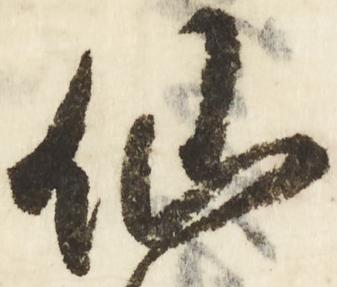
仙